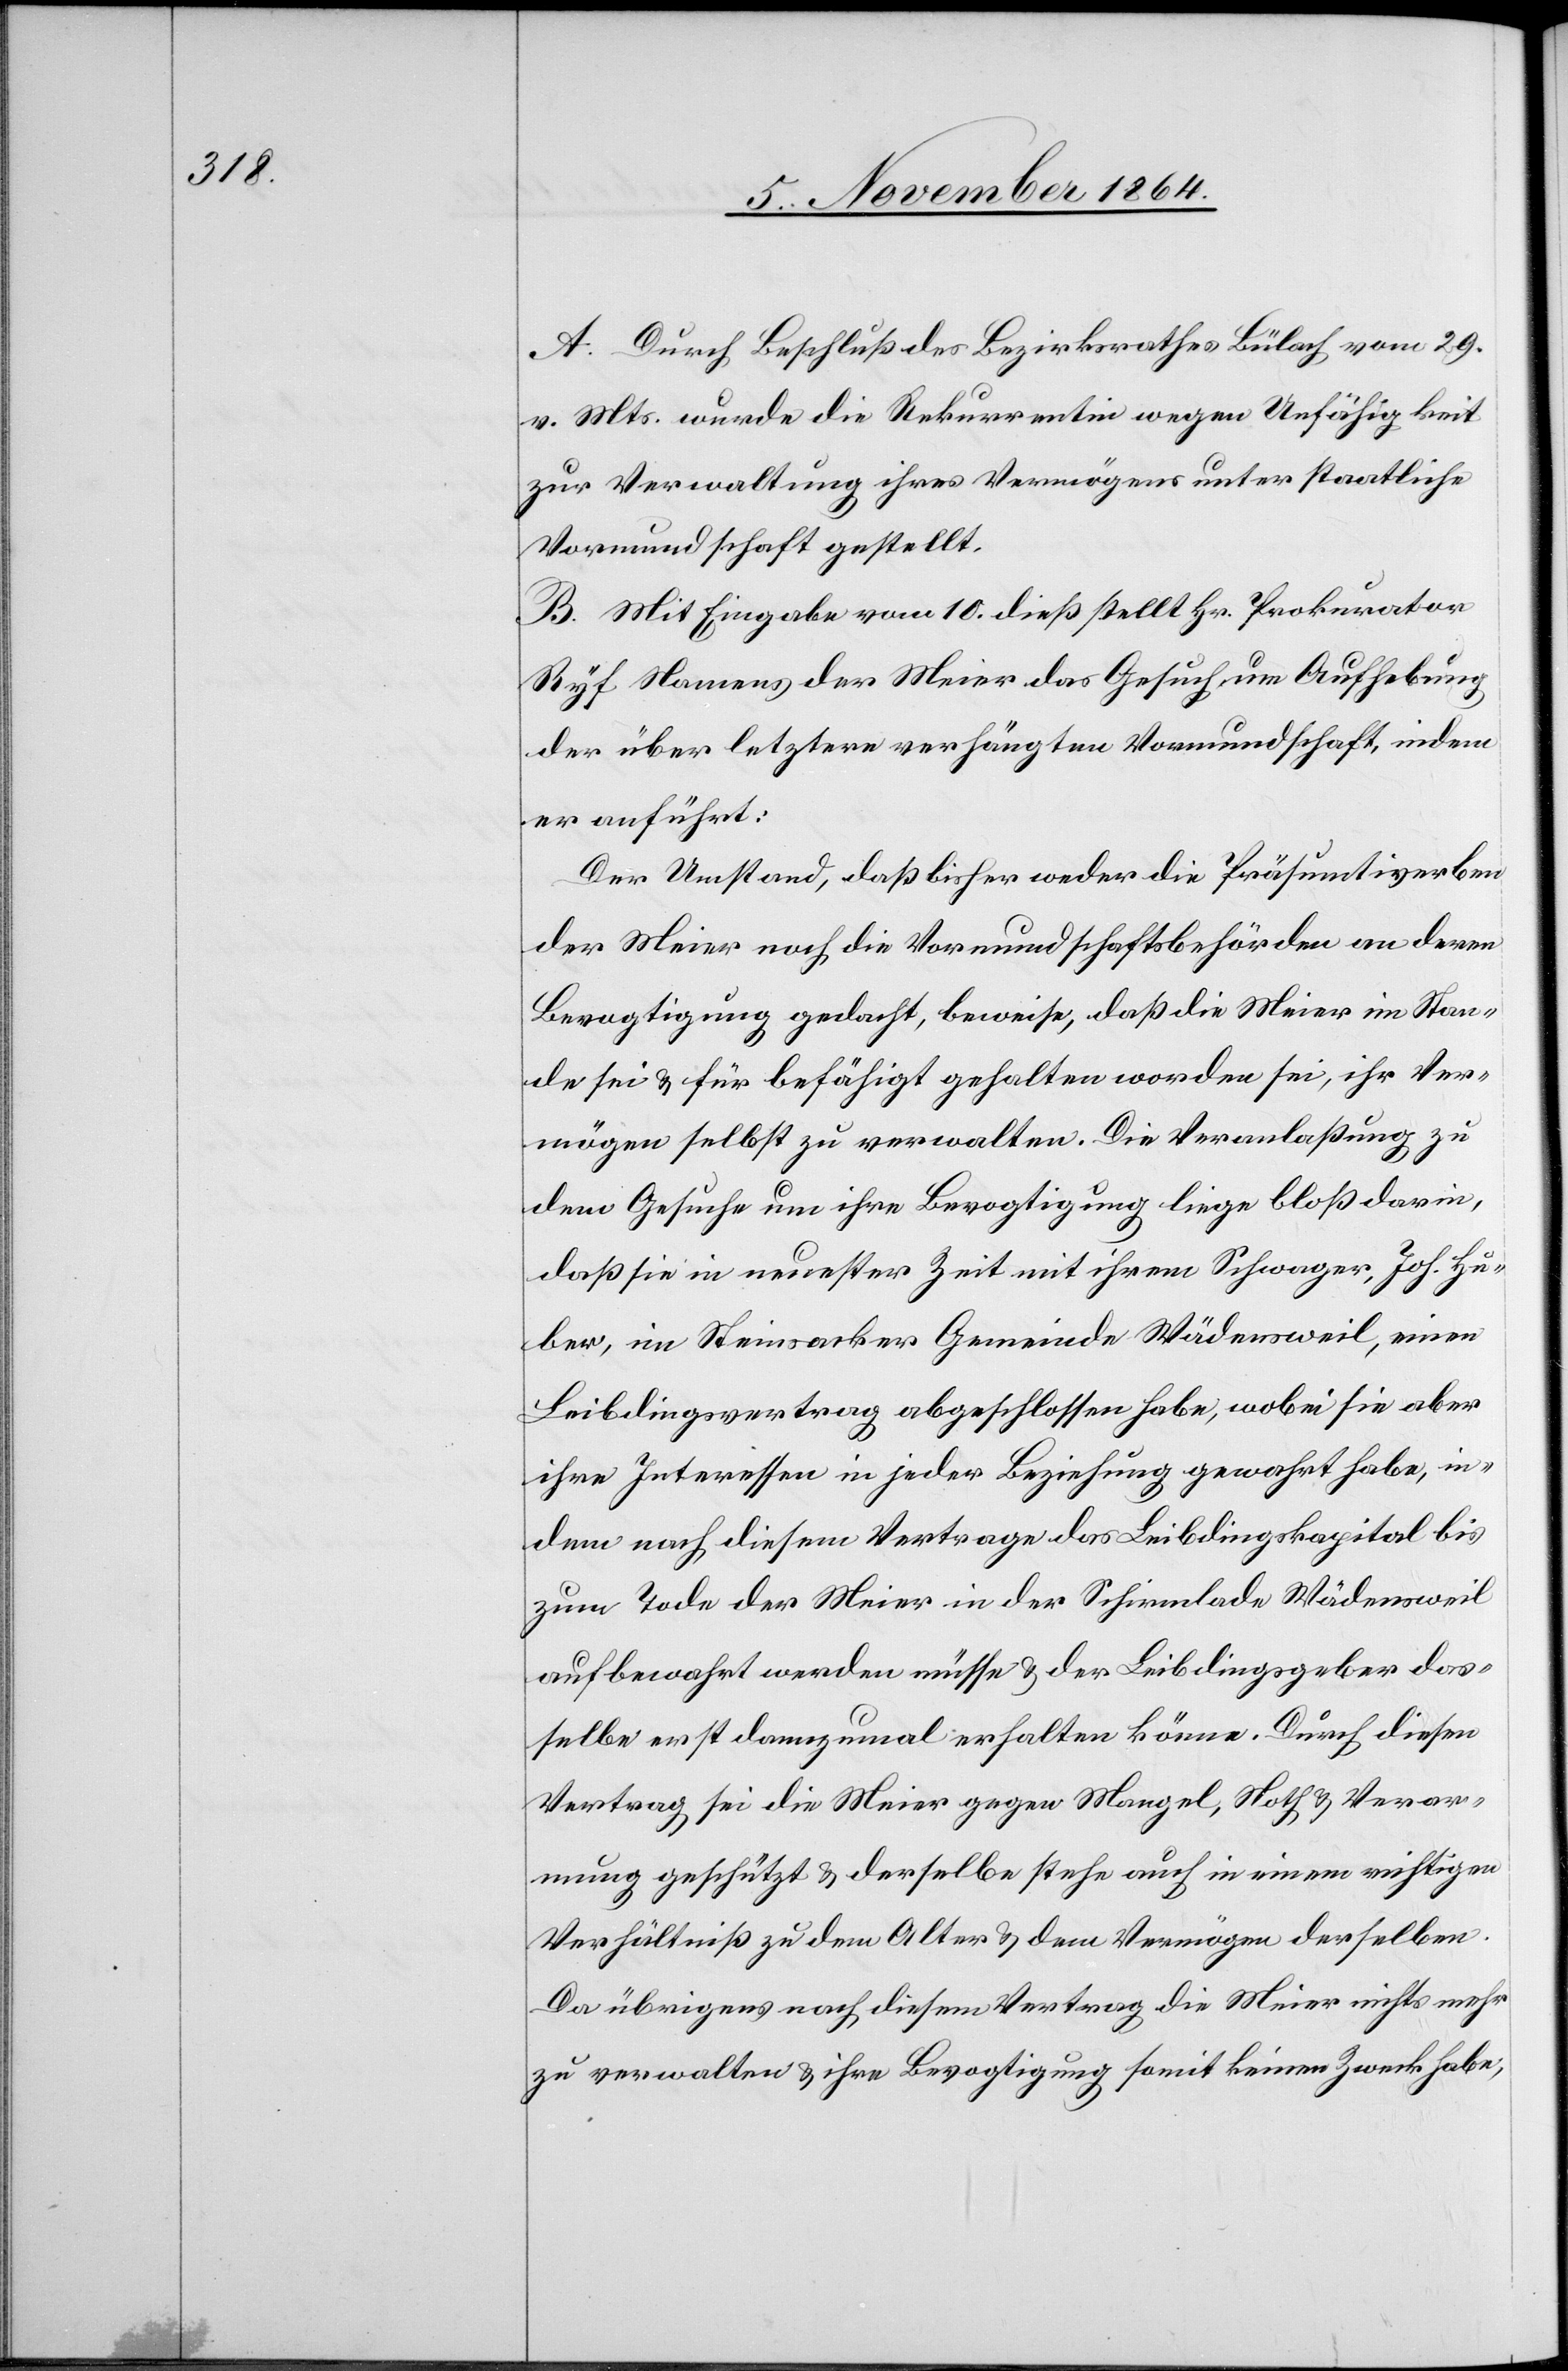
A. Durch Beschluß des Bezirksrathes Bülach vom 29.
v. Mts. wurde die Rekurrentin wegen Unfähigkeit
zur Verwaltung ihres Vermögens unter staatliche
Vormundschaft gestellt.
B. Mit Eingabe vom 10. dieß stellt Hr. Prokurator
Ryf Namens der Meier das Gesuch um Aufhebung
der über letztere verhängten Vormundschaft, indem
er anführt:
Der Umstand, daß bisher weder die Präsumtiverben
der Meier noch die Vormundschaftsbehörden an deren
Bevogtigung gedacht, beweise, daß die Meier im Stan¬
de sei & für befähigt gehalten worden sei, ihr Ver¬
mögen selbst zu verwalten. Die Veranlaßung zu
dem Gesuche um ihre Bevogtigung liege bloß darin,
daß sie in neuester Zeit mit ihrem Schwager, Joh. Hu¬
ber, im Steinsacker Gemeinde Wädensweil, einen
Leibdingsvertrag abgeschlossen habe, wobei sie aber
ihre Interessen in jeder Beziehung gewahrt habe, in¬
dem nach diesem Vertrage das Leibdingskapital bis
zum Tode der Meier in der Schirmlade Wädensweil
aufbewahrt werden müsse & der Leibdingsgeber das¬
selbe erst dannzumal erhalten könne. Durch diesen
Vertrag sei die Meier gegen Mangel, Noth & Verar¬
mung geschützt & derselbe stehe auch in einem richtigen
Verhältniß zu dem Alter & dem Vermögen derselben.
Da übrigens nach diesem Vertrag die Meier nichts mehr
zu verwalten & ihre Bevogtigung somit keinen Zweck habe,